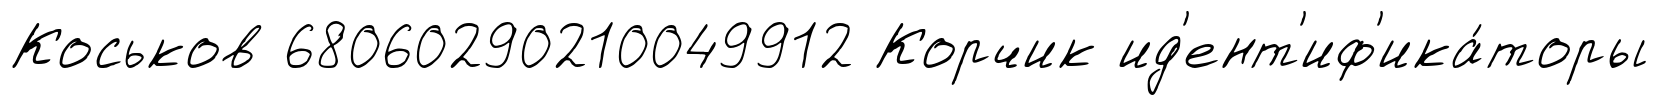
Коськов 68060290210049912 Корчик ид'ент'иф'ика́торы